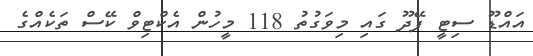
އައްޑޫ ސިޓީ ފޭދޫ ގައި މިވަގުތު 118 މީހުން އެކްޓިވް ކޭސް ތަކެއްގެ